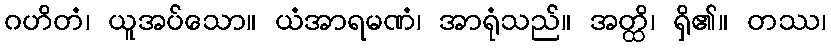
ဂဟိတံ၊ ယူအပ်သော။ ယံအာရမဏံ၊ အာရုံသည်။ အတ္ထိ၊ ရှိ၏။ တဿ၊